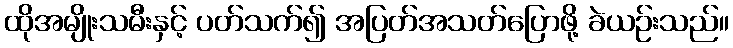
ထိုအမျိုးသမီးနှင့် ပတ်သက်၍ အပြတ်အသတ်ပြောဖို့ ခဲယဉ်းသည်။